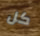
كل